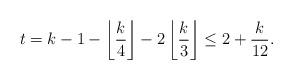
LaTeX: \begin{align*}t &= k - 1 - \left\lfloor \frac{k}{4} \right\rfloor - 2\left\lfloor \frac{k}{3} \right\rfloor \leq 2 + \frac{k}{12}.\end{align*}